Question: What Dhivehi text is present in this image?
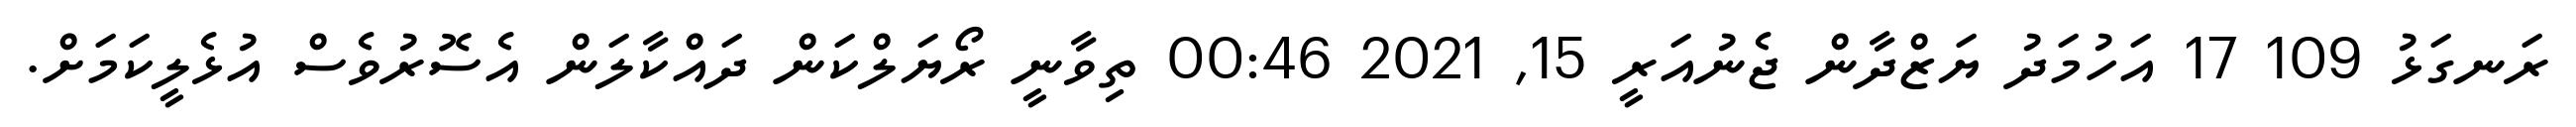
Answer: ރަނގަޅު 109 17 އަހުމަދު ޔަޒްދާން ޖެނުއަރީ 15, 2021 00:46 ތިވާނީ ރޯޔަލްކަން ދައްކާލަން އެސޮރުވެސް އުޅެލީކަމަށް.